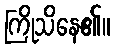
ကြိုသိနေ၏။